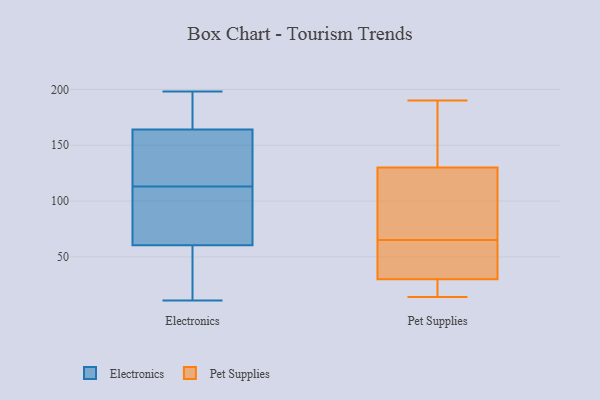
{"axis": {"x": "Market Share (%)", "y": "Value"}, "legend": ["Electronics", "Pet Supplies"], "data": [{"x": "", "y": 190, "type": "Electronics"}, {"x": "", "y": 126, "type": "Electronics"}, {"x": "", "y": 85, "type": "Electronics"}, {"x": "", "y": 90, "type": "Electronics"}, {"x": "", "y": 139, "type": "Electronics"}, {"x": "", "y": 11, "type": "Electronics"}, {"x": "", "y": 189, "type": "Electronics"}, {"x": "", "y": 36, "type": "Electronics"}, {"x": "", "y": 121, "type": "Electronics"}, {"x": "", "y": 105, "type": "Electronics"}, {"x": "", "y": 198, "type": "Electronics"}, {"x": "", "y": 20, "type": "Electronics"}, {"x": "", "y": 52, "type": "Pet Supplies"}, {"x": "", "y": 20, "type": "Pet Supplies"}, {"x": "", "y": 25, "type": "Pet Supplies"}, {"x": "", "y": 153, "type": "Pet Supplies"}, {"x": "", "y": 83, "type": "Pet Supplies"}, {"x": "", "y": 190, "type": "Pet Supplies"}, {"x": "", "y": 158, "type": "Pet Supplies"}, {"x": "", "y": 14, "type": "Pet Supplies"}, {"x": "", "y": 72, "type": "Pet Supplies"}, {"x": "", "y": 22, "type": "Pet Supplies"}, {"x": "", "y": 21, "type": "Pet Supplies"}, {"x": "", "y": 95, "type": "Pet Supplies"}, {"x": "", "y": 37, "type": "Pet Supplies"}, {"x": "", "y": 98, "type": "Pet Supplies"}, {"x": "", "y": 180, "type": "Pet Supplies"}, {"x": "", "y": 38, "type": "Pet Supplies"}, {"x": "", "y": 107, "type": "Pet Supplies"}, {"x": "", "y": 35, "type": "Pet Supplies"}, {"x": "", "y": 164, "type": "Pet Supplies"}, {"x": "", "y": 58, "type": "Pet Supplies"}]}